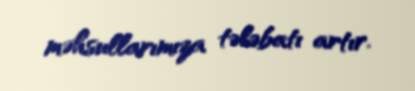
məhsullarımıza tələbatı artır.